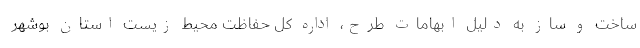
ساخت و ساز به دلیل ابهامات طرح، اداره کل حفاظت محیط زیست استان بوشهر